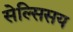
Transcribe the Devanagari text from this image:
सेल्सिसय